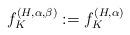
LaTeX: \begin{align*}f^{(H,\alpha,\beta)}_K := f^{(H,\alpha)}_K\end{align*}